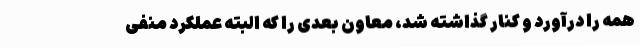
همه را درآورد و کنار گذاشته شد، معاون بعدی را که البته عملکرد منفی